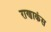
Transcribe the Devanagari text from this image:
राणाकंस